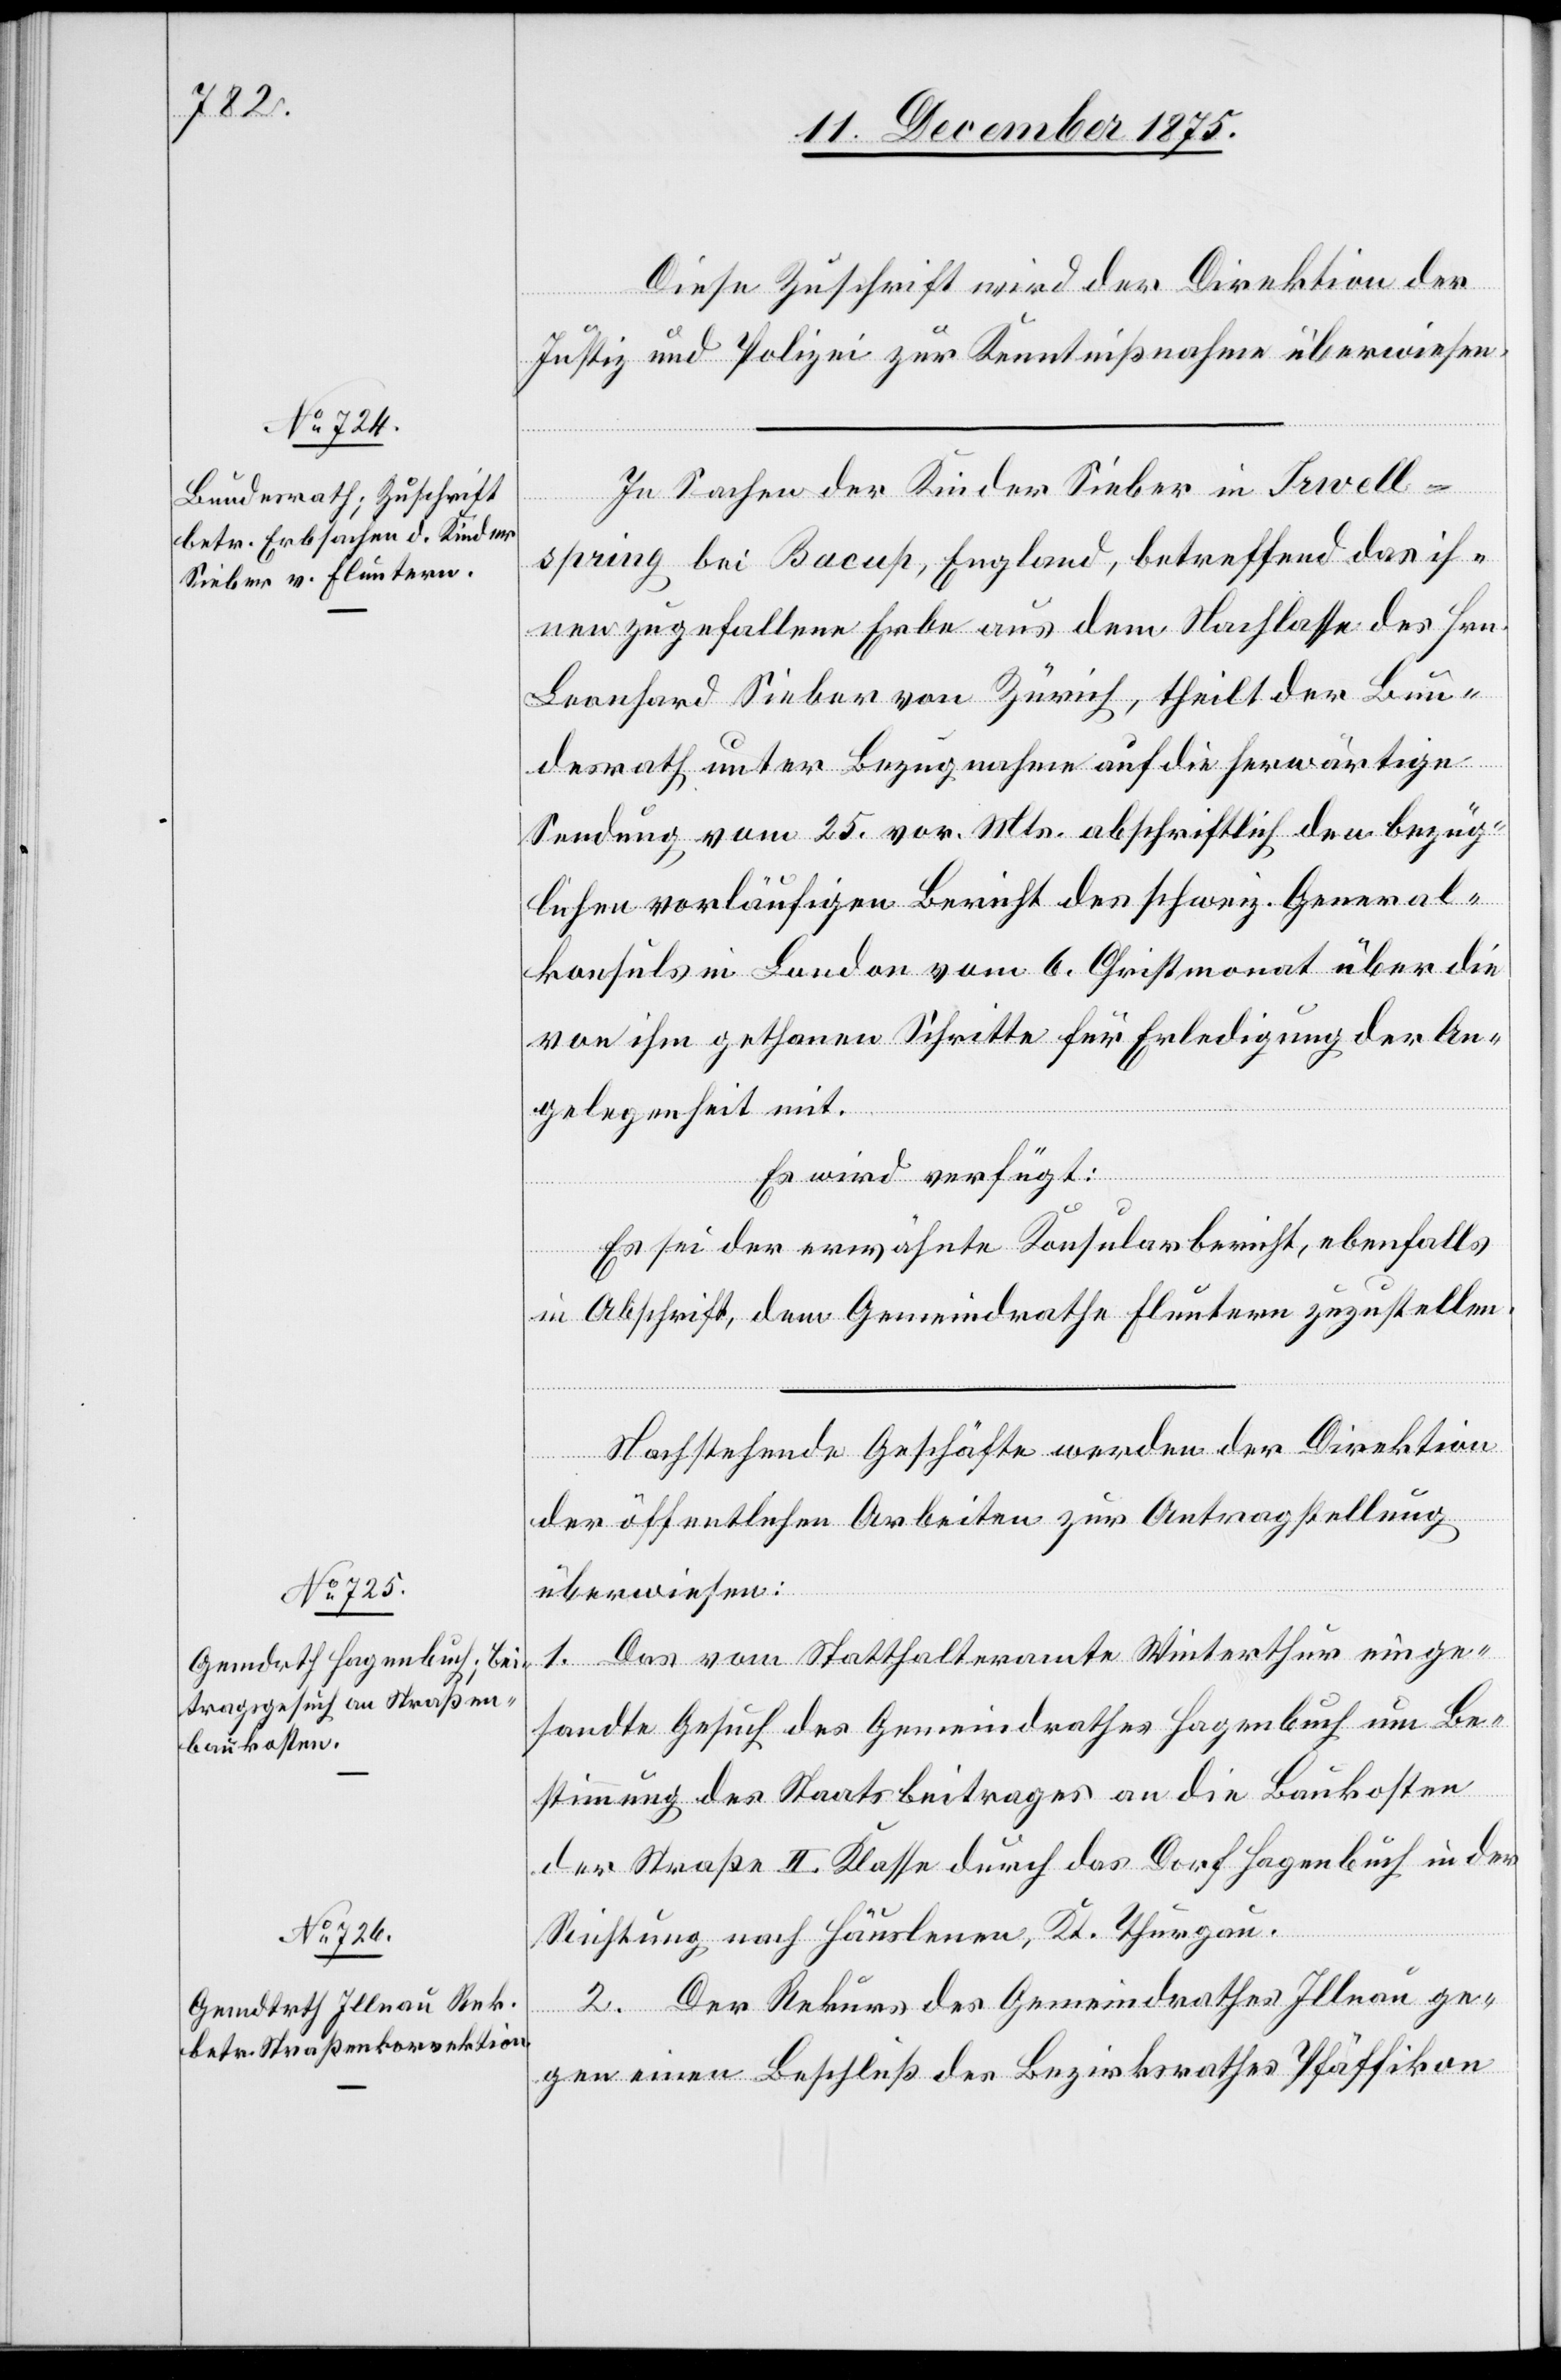
15. December 1875.]
Diese Zuschrift wird der Direktion der
Justiz und Polizei zur Kenntnißnahme überwiesen.
In Sachen der Kinder Sieber in Irwell¬
spring bei Bacuß, England betreffend das ih¬
nen zugefallene Erbe aus dem Nachlasse des Hrn.
Leonhard Sieber von Zürich, theilt der Bun¬
desrath unter Bezugnahme auf die herwärtige
Sendung vom 25. vor. Mts. abschriftlich den bezüg¬
lichen vorläufigen Bericht des schweiz. General¬
konsuls in London vom 6. Christmonat über die
von ihm gethanen Schritte für Erledigung der An¬
gelegenheit mit.
Es wird verfügt:
Es sei der erwähnte Konsularbericht, ebenfalls
in Abschrift, dem Gemeindrathe Fluntern zuzustellen.
Nachstehende Geschäfte werden der Direktion
der öffentlichen Arbeiten zur Antragstellung
überwiesen:
1. Das vom Statthalteramte Winterthur einge¬
sandte Gesuch des Gemeindrathes Hagenbuch um Be¬
stimmung des Staatsbeitrages an die Baukosten
der Straße II. Klasse durch das Dorf Hagenbuch in der
Richtung nach Häuslenen, Kt. Thurgau.
2. Der Rekurs des Gemeindrathes Illnau ge¬
gen einen Beschluß des Bezirksrathes Pfäffikon